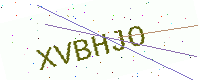
Text: XVBHJO